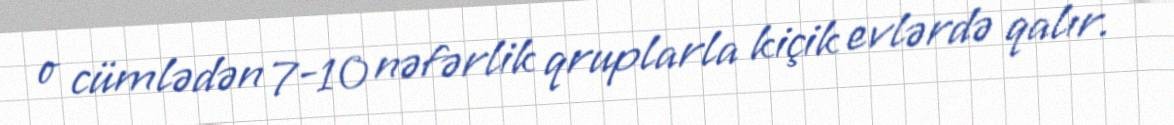
o cümlədən 7-10 nəfərlik qruplarla kiçik evlərdə qalır.